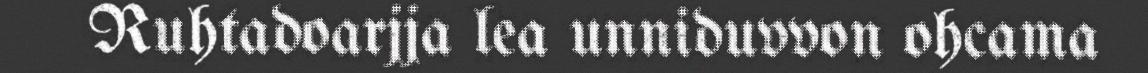
Ruhtadoarjja lea unniduvvon ohcama